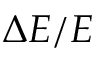
\Delta E / E